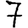
Digit: 7